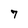
Character: 7